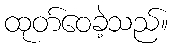
ထုတ်ဝေခဲ့သည်။